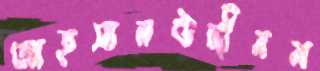
আহসানউদ্দীনম